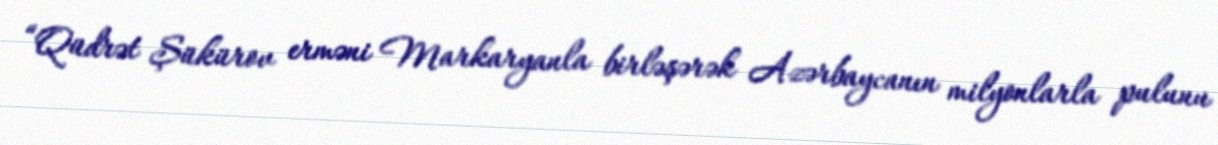
“Qüdrət Şükürov erməni Markaryanla birləşərək Azərbaycanın milyonlarla pulunu